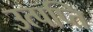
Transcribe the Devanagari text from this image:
उत्पप्ति